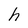
Character: h